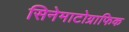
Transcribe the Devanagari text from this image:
सिनेमाटोग्राफिक